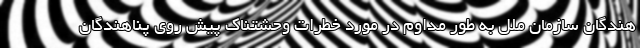
هندگان سازمان ملل به طور مداوم در مورد خطرات وحشتناک پیش روی پناهندگان